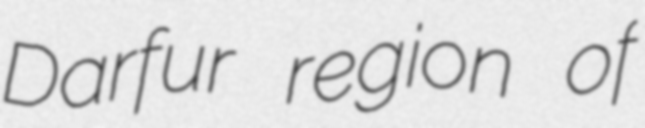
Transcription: Darfur region of